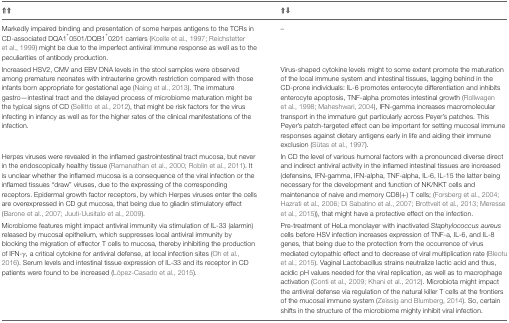
<table><thead><tr><td><b>⇑⇑</b></td><td><b>⇑⇓</b></td></tr></thead><tbody><tr><td>Markedly impaired binding and presentation of some herpes antigens to the TCRs in CD-associated DQA1<sup>*</sup>0501/DQB1<sup>*</sup>0201 carriers (Koelle et al., 1997; Reichstetter et al., 1999) might be due to the imperfect antiviral immune response as well as to the peculiarities of antibody production.</td><td>–</td></tr><tr><td>Increased HSV2, CMV and EBV DNA levels in the stool samples were observed among premature neonates with intrauterine growth restriction compared with those infants born appropriate for gestational age (Naing et al., 2013). The immature gastro—intestinal tract and the delayed process of microbiome maturation might be the typical signs of CD (Sellitto et al., 2012), that might be risk factors for the virus infecting in infancy as well as for the higher rates of the clinical manifestations of the infection.</td><td>Virus-shaped cytokine levels might to some extent promote the maturation of the local immune system and intestinal tissues, lagging behind in the CD-prone individuals: IL-6 promotes enterocyte differentiation and inhibits enterocyte apoptosis, TNF-alpha promotes intestinal growth (Rollwagen et al., 1998; Maheshwari, 2004), IFN-gamma increases macromolecular transport in the immature gut particularly across Peyer&#x27;s patches. This Peyer&#x27;s patch-targeted effect can be important for setting mucosal immune responses against dietary antigens early in life and aiding their immune exclusion (Sütas et al., 1997).</td></tr><tr><td>Herpes viruses were revealed in the inflamed gastrointestinal tract mucosa, but never in the endoscopically healthy tissue (Ramanathan et al., 2000; Roblin et al., 2011). It is unclear whether the inflamed mucosa is a consequence of the viral infection or the inflamed tissues “draw” viruses, due to the expressing of the corresponding receptors. Epidermal growth factor receptors, by which Herpes viruses enter the cells are overexpressed in CD gut mucosa, that being due to gliadin stimulatory effect (Barone et al., 2007; Juuti-Uusitalo et al., 2009).</td><td>In CD the level of various humoral factors with a pronounced diverse direct and indirect antiviral activity in the inflamed intestinal tissues are increased (defensins, IFN-gamma, IFN-alpha, TNF-alpha, IL-6, IL-15 the latter being necessary for the development and function of NK/NKT cells and maintenance of naive and memory CD8(+) T cells; (Forsberg et al., 2004; Hazrati et al., 2006; Di Sabatino et al., 2007; Brottveit et al., 2013; Meresse et al., 2015)), that might have a protective effect on the infection.</td></tr><tr><td>Microbiome features might impact antiviral immunity via stimulation of IL-33 (alarmin) released by mucosal epithelium, which suppresses local antiviral immunity by blocking the migration of effector T cells to mucosa, thereby inhibiting the production of IFN-γ, a critical cytokine for antiviral defense, at local infection sites (Oh et al., 2016). Serum levels and intestinal tissue expression of IL-33 and its receptor in CD patients were found to be increased (López-Casado et al., 2015).</td><td>Pre-treatment of HeLa monolayer with inactivated <i>Staphylococcus aureus</i> cells before HSV infection increases expression of TNF-a, IL-6, and IL-8 genes, that being due to the protection from the occurrence of virus mediated cytopathic effect and to decrease of viral multiplication rate (Bleotu et al., 2015). Vaginal Lactobacillus strains neutralize lactic acid and thus, acidic pH values needed for the viral replication, as well as to macrophage activation (Conti et al., 2009; Khani et al., 2012). Microbiota might impact the antiviral defense via regulation of the natural killer T cells at the frontiers of the mucosal immune system (Zeissig and Blumberg, 2014). So, certain shifts in the structure of the microbiome mighty inhibit viral infection.</td></tr></tbody></table>